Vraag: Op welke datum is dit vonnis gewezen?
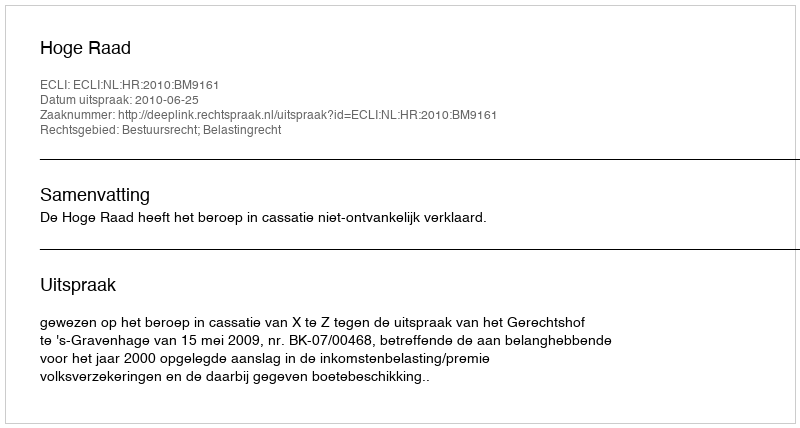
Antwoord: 2010-06-25